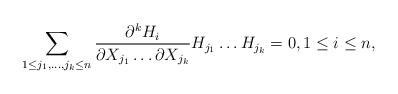
LaTeX: \begin{align*} \sum_{1\leq j_1,\dots,j_k \leq n} \dfrac {\partial^k H_i}{\partial X_{j_1} \dots \partial X_{j_k}}H_{j_1} \dots H_{j_k}=0, 1\leq i \leq n,\end{align*}